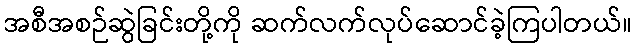
အစီအစဉ်ဆွဲခြင်းတို့ကို ဆက်လက်လုပ်ဆောင်ခဲ့ကြပါတယ်။